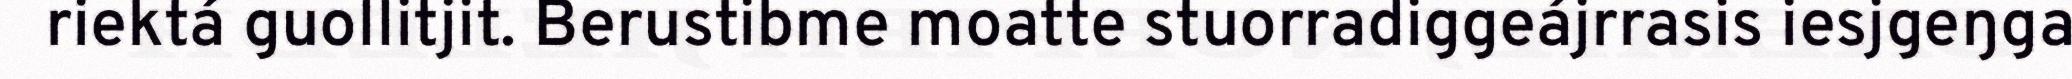
riektá guollitjit. Berustibme moatte stuorradiggeájrrasis iesjgeŋga